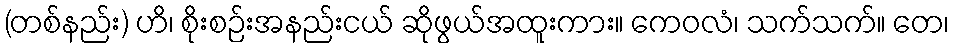
(တစ်နည်း) ဟိ၊ စိုးစဉ်းအနည်းငယ် ဆိုဖွယ်အထူးကား။ ကေဝလံ၊ သက်သက်။ တေ၊